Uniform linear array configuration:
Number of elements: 48
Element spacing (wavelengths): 0.5
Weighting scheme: blackman
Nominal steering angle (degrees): -45
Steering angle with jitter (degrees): -46.479
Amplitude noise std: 0.05
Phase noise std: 0.05

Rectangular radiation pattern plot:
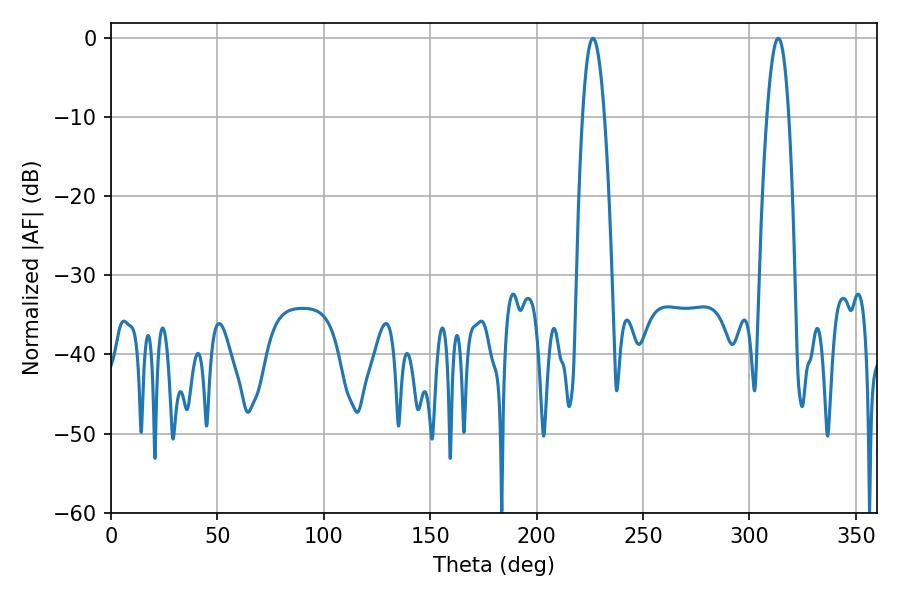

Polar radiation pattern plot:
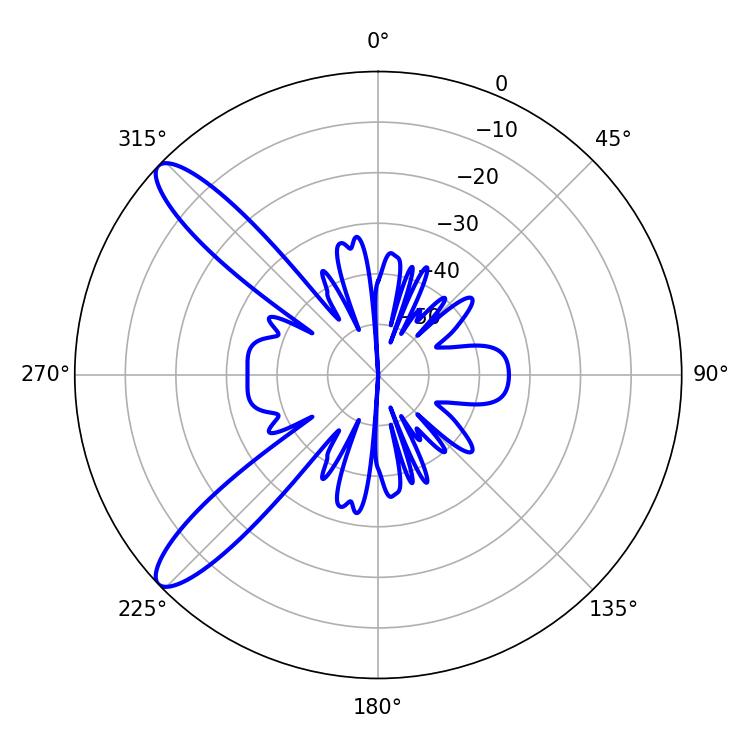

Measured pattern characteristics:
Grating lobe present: FALSE
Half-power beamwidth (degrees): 5.58
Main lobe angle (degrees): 226.44